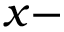
x -